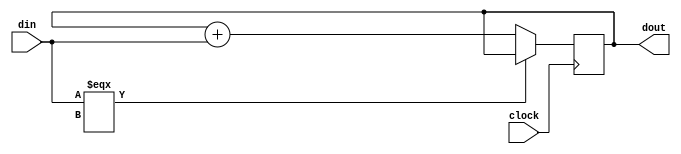
module Accumulator(input clock, input [0:7] din, output reg [0:7] dout);

always @(posedge clock)
  if (!(din === 8'bxxxxxxxx))
  begin
    dout <= dout + din;
  end

initial
  dout <= 0;

endmodule